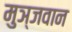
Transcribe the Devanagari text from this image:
मुञ्जवान